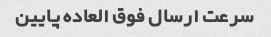
سرعت ارسال فوق العاده پایین